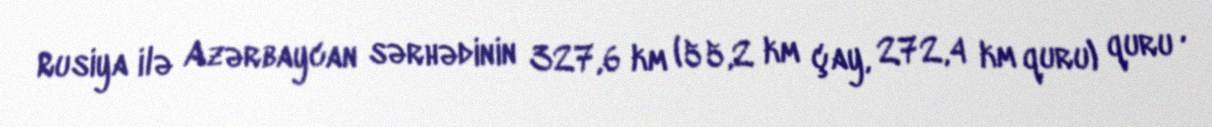
Rusiya ilə Azərbaycan sərhədinin 327,6 km (55,2 km çay, 272,4 km quru) quru ,